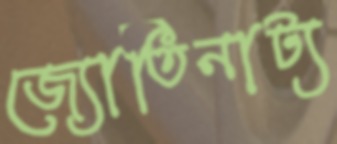
জ্যোতিনাট্য